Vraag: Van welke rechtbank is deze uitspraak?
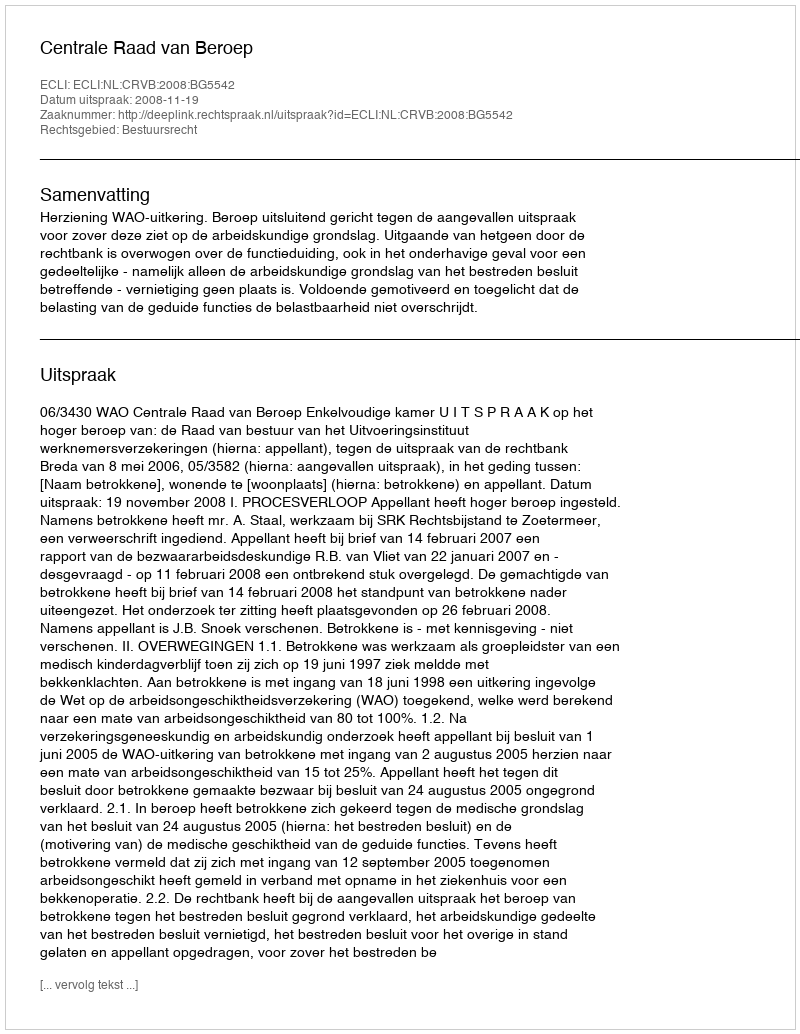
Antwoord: Centrale Raad van Beroep